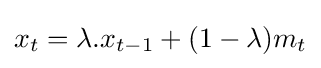
x_{t}=\lambda .x_{t-1}+(1-\lambda )m_{t}